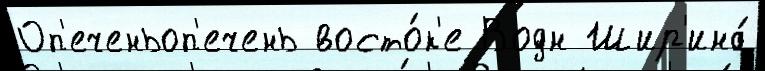
Оп'еченьоп'ечень восто́к'е Водн Шир'ина́